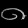
Digit: ၈